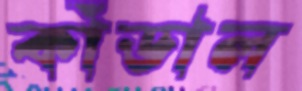
কাঁডাল